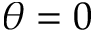
\theta = 0